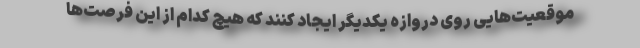
موقعیت‌هایی روی دروازه یکدیگر ایجاد کنند که هیچ کدام از این فرصت‌ها